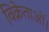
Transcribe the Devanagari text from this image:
विक्रेताओं।